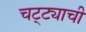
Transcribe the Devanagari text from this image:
चट्ट्याची